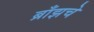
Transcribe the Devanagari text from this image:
ब्राँझचे